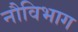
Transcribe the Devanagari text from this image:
नौविभाग